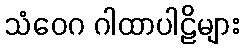
သံဝေဂ ဂါထာပါဠိများ